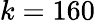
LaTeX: k=160